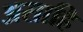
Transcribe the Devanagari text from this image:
असाहि